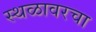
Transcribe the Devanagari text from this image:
स्थळावरचा